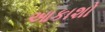
આકાશો